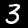
Label: 3